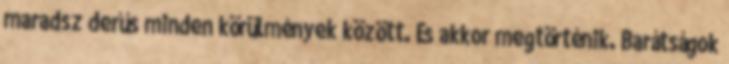
maradsz derűs minden körülmények között. És akkor megtörténik. Barátságok